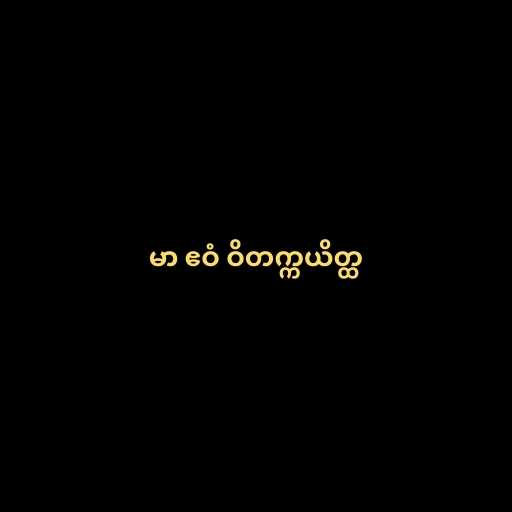
မာ ဧဝံ ဝိတက္ကယိတ္ထ